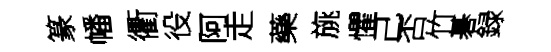
篆幡衢役阿走藥旐懼己否竹碁録